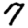
Digit: 7